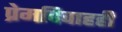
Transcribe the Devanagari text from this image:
प्रेमविवाहही